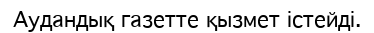
Аудандық газетте қызмет істейді.